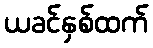
ယခင်နှစ်ထက်